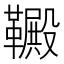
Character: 𫖋